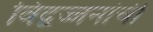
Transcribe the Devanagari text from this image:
विद्वज्जनांची